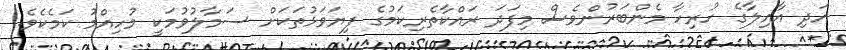
އަދި އާއިލާގެ ހުރިހާ މެންބަރުންވެސް މިފަދަ ރައްކާތެރިކަމުގެ ފިޔަވަޅުތަކަށް ސަމާލުވުމަކީ މުހިއްމު ކަމެކެވެ.